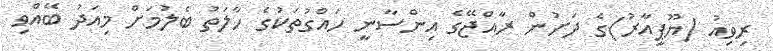
ރިވިއު (ޔޫޕީއާރު)ގެ ދަށުން ރާއްޖޭގެ އިންސާނީ ހައްގުތަކުގެ ހާލަތު ބެލުމަށް މިއަދު ބޭއްވި